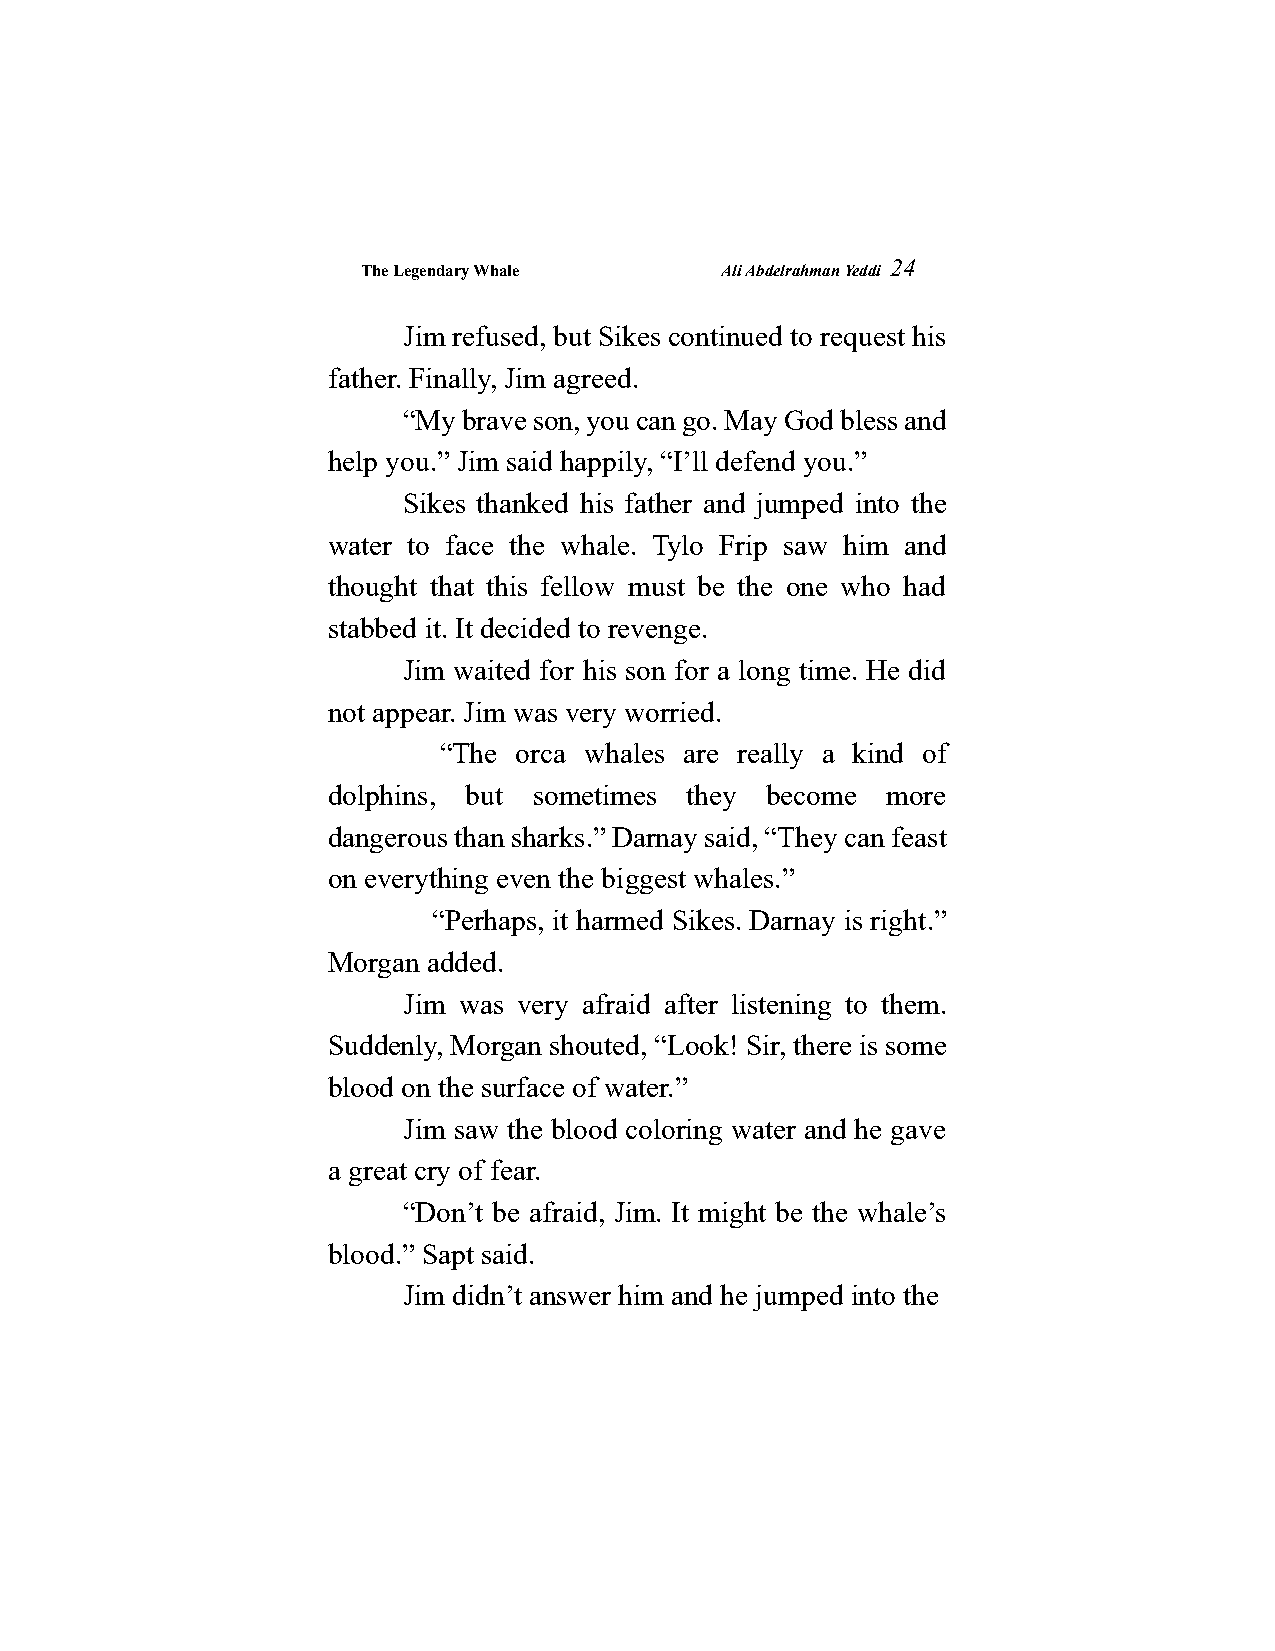
The Legendary Whale     Ali Abdelrahman Yeddi
 24
 Jim refused, but Sikes continued to request his
 father. Finally, Jim agreed.
 “My brave son, you can go. May God bless and
 help you.” Jim said happily, “I’ll defend you.”
 Sikes thanked his father and jumped into the
 water to face the whale. Tylo Frip saw him and
 thought that this fellow must be the one who had
 stabbed it. It decided to revenge.
 Jim waited for his son for a long time. He did
 not appear. Jim was very worried.
 “The orca whales are really a kind of
 dolphins, but sometimes they become  more
 dangerous than sharks.” Darnay said, “They can feast
 on everything even the biggest whales.”
 “Perhaps, it harmed Sikes. Darnay is right.”
 Morgan added.
 Jim was very afraid after listening to them.
 Suddenly, Morgan shouted, “Look! Sir, there is some
 blood on the surface of water.”
 Jim saw the blood coloring water and he gave
 a great cry of fear.
 “Don’t be afraid, Jim. It might be the whale’s
 blood.” Sapt said.
 Jim didn’t answer him and he jumped into the